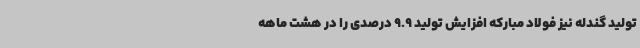
تولید گندله نیز فولاد مبارکه افزایش تولید 9.9 درصدی را در هشت ماهه